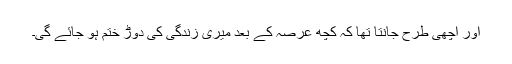
اور اچھی طرح جانتا تھا کہ کچھ عرصہ کے بعد میری زندگی کی دوڑ ختم ہو جائے گی۔